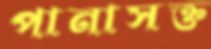
পানাসক্ত